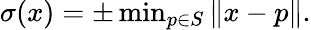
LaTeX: \begin{array}{r}{\sigma(x)=\pm\operatorname*{min}_{p\in S}\| x-p\| .}\end{array}